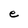
Character: e